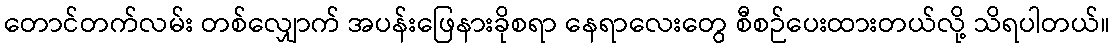
တောင်တက်လမ်း တစ်လျှောက် အပန်းဖြေနားခိုစရာ နေရာလေးတွေ စီစဉ်ပေးထားတယ်လို့ သိရပါတယ်။